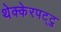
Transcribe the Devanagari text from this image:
थेक्केरपट्टु